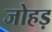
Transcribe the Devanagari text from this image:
जोहड़